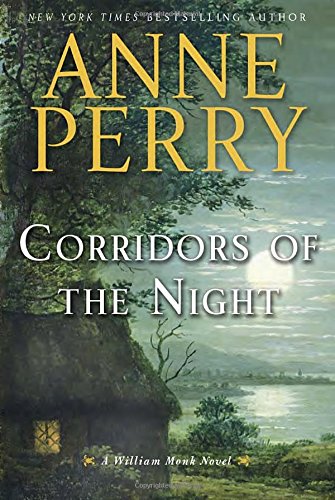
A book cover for Corridors of the Night: A William Monk Novel; Anne Perry; Mystery, Thriller & Suspense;